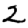
Digit: 2